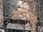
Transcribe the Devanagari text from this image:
सलीमअली